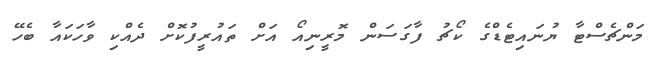
މަންޗެސްޓާ ޔުނައިޓެޑްގެ ކޯޗު ފާގަސަން މޮރީނިއޯ އަށް ތައުރީފުކޮށް ދެއްކި ވާހަކައާ ބެހޭ